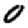
Digit: 0